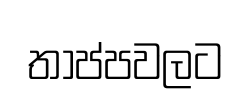
තාප්පවලට